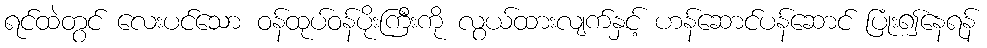
ရင်ထဲတွင် လေးပင်သော ဝန်ထုပ်ဝန်ပိုးကြီးကို လွယ်ထားလျက်နှင့် ဟန်ဆောင်ပန်ဆောင် ပြုံး၍နေရန်